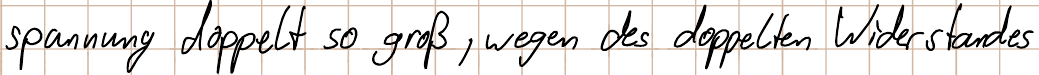
spannung doppelt so groß, wegen des doppelten Widerstandes